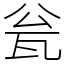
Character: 瓮